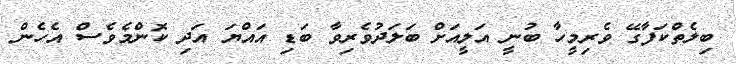
ބިލެތްކަފާގޭ ވެރިމީހާ ބުނީ އަލީއަށް ބަލަދުވެރިވާ ބަޑި އައްޔަ އަދި ކޮންމެވެސް އެހެން